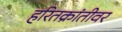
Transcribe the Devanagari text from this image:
हरितक्रांतीवर